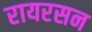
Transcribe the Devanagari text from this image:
रायरसन